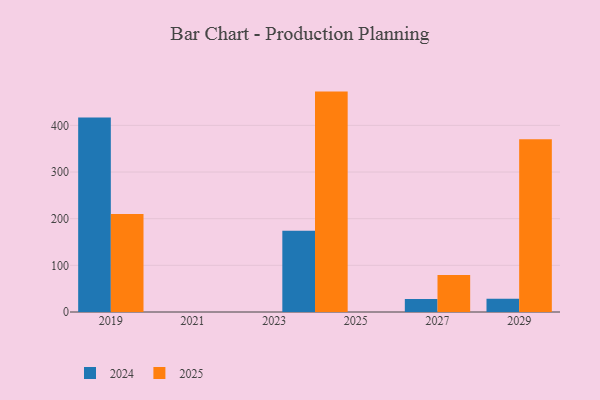
{"axis": {"x": "Year", "y": "Budget (USD K)"}, "legend": ["2024", "2025"], "data": [{"x": "2027", "y": 27.6, "type": "2024"}, {"x": "2027", "y": 79.2, "type": "2025"}, {"x": "2024", "y": 174.4, "type": "2024"}, {"x": "2024", "y": 472.4, "type": "2025"}, {"x": "2029", "y": 28.3, "type": "2024"}, {"x": "2029", "y": 370.5, "type": "2025"}, {"x": "2019", "y": 416.8, "type": "2024"}, {"x": "2019", "y": 209.9, "type": "2025"}]}